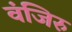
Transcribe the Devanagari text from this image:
वंजिरु